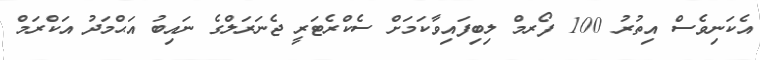
އެކަނިވެސް އިތުރު 100 ފޯރމް ލިބިފައިވާކަމަށް ސެކްރެޓަރީ ޖެނަރަލްގެ ނައިބު އަޙްމަދު އަކްރަމް